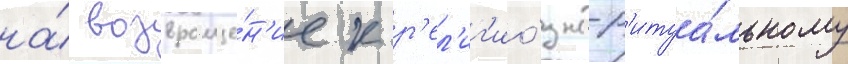
на́ возвраще́н'ие к р'ел'иг'ио́зно-р'итуа́льному